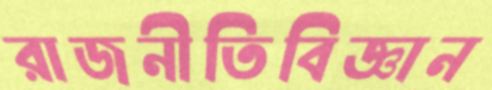
রাজনীতিবিজ্ঞান